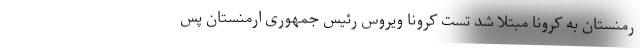
رمنستان به کرونا مبتلا شد تست کرونا ویروس رئیس جمهوری ارمنستان پس